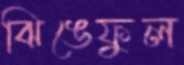
ঝিঙেফুল